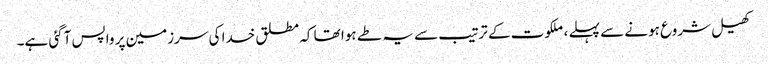
کھیل شروع ہونے سے پہلے ، ملکوت کے ترتیب سے یہ طے ہوا تھا کہ مطلق خدا کی سرزمین پر واپس آگئی ہے۔